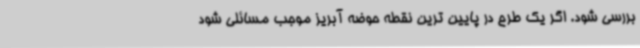
بررسی شود. اگر یک طرح در پایین ترین نقطه حوضه آبریز موجب مسائلی شود